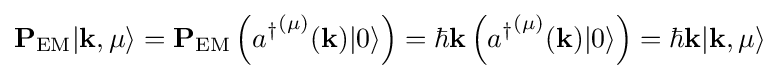
\mathbf {P} _{\textrm {EM}}|\mathbf {k} ,\mu \rangle =\mathbf {P} _{\textrm {EM}}\left({a^{\dagger }}^{(\mu )}(\mathbf {k} )|0\rangle \right)=\hbar \mathbf {k} \left({a^{\dagger }}^{(\mu )}(\mathbf {k} )|0\rangle \right)=\hbar \mathbf {k} |\mathbf {k} ,\mu \rangle